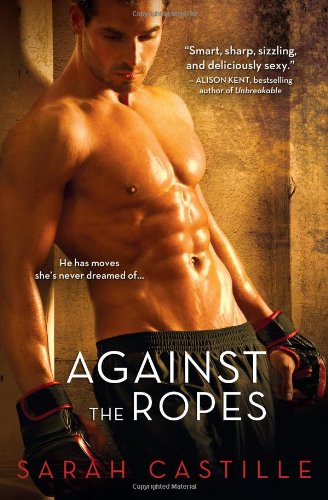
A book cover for Against the Ropes (Redemption); Sarah Castille; Sports & Outdoors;